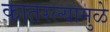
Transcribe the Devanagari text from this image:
कातरल्यामुळे